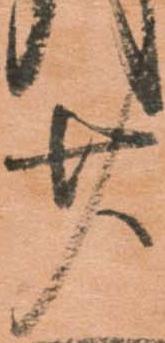
廿